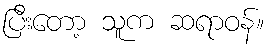
ပြီးတော့ သူက ဆရာဝန်။